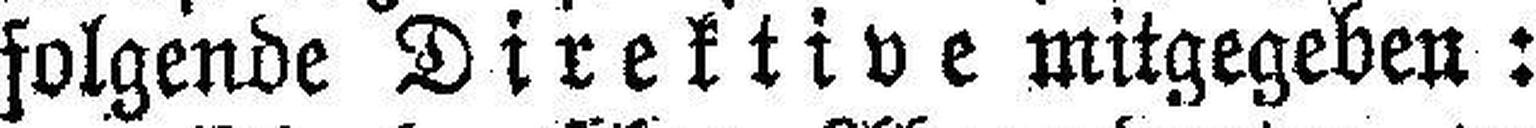
folgende Direktive mitgegeben: